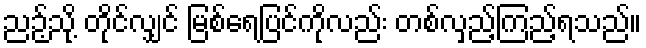
ညဉ့်သို့ တိုင်လျှင် မြစ်ရေပြင်ကိုလည်း တစ်လှည့်ကြည့်ရသည်။